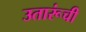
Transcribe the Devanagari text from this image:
उतारूंची